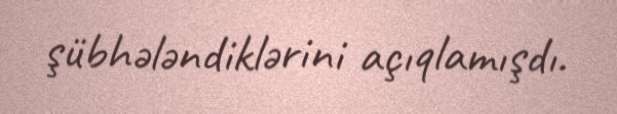
şübhələndiklərini açıqlamışdı.